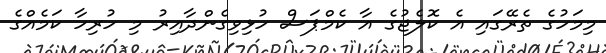
މިމަހުގެ ތެރޭގައި އެ ކޮލެޖުގެ އާ ކެމްޕަސް ހުޅިވިގެންދާއިރު މި ހުރިހާ ކަމެއްގެ